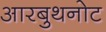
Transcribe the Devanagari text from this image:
आरबुथनोट